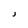
Character: J